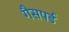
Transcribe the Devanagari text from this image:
गैसपर्ड